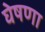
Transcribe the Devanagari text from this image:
घेषणा